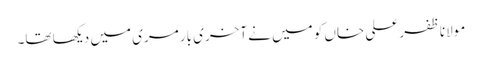
مولانا ظفر علی خاں کو میں نے آخری بار مری میں دیکھا تھا۔